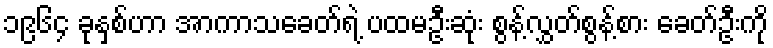
၁၉၆၄ ခုနှစ်ဟာ အာကာသခေတ်ရဲ့ ပထမဦးဆုံး စွန့်လွှတ်စွန့်စား ခေတ်ဦးကို